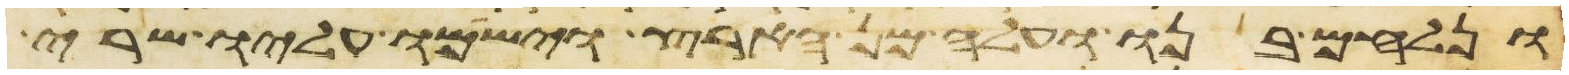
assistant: ונלחם בנו ועלה מן הארץ וישמו עליו שרי